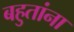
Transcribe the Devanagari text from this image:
बहुतांना